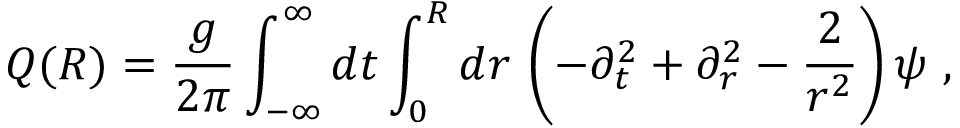
Q ( R ) = \frac { g } { 2 \pi } \int _ { - \infty } ^ { \infty } d t \int _ { 0 } ^ { R } d r \, \left( - \partial _ { t } ^ { 2 } + \partial _ { r } ^ { 2 } - \frac { 2 } { r ^ { 2 } } \right) \psi \ ,